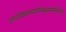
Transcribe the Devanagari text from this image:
एलाजीरकधान्याकनिम्बूरससमन्वितम्।